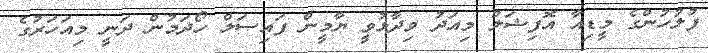
ފުލުހުންގެ މީޑިއާ އޮފިޝަލް މިއަދު ވިދާޅުވީ ޔާމީން ފައިސަލް ހޯދަމުން ދަނީ މިއަހަރުގެ